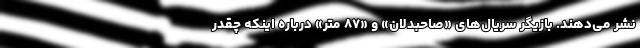
نشر می‌دهند. بازیگر سریال‌های «صاحبدلان» و «۸۷ متر» درباره اینکه چقدر